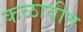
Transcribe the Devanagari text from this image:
कळावीत